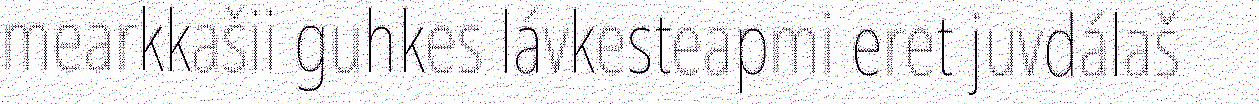
mearkkašii guhkes lávkesteapmi eret juvdálaš